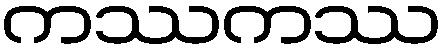
ကဿကဿ